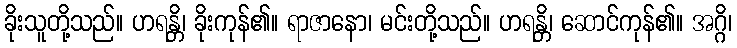
ခိုးသူတို့သည်။ ဟရန္တိ၊ ခိုးကုန်၏။ ရာဇာနော၊ မင်းတို့သည်။ ဟရန္တိ၊ ဆောင်ကုန်၏။ အဂ္ဂိ၊